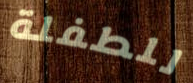
للطفلة